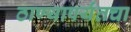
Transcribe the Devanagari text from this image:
ठाण्यापर्यंतचा